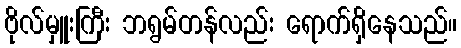
ဗိုလ်မှူးကြီး ဘရွမ်တန်လည်း ရောက်ရှိနေသည်။